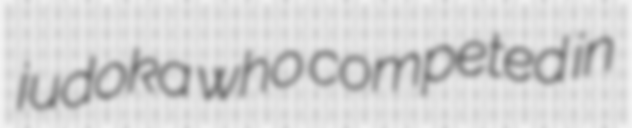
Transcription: judoka who competed in